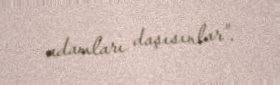
adamları daşısınlar”.